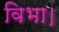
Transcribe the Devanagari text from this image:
विभा।